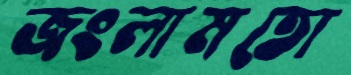
জংলামতো